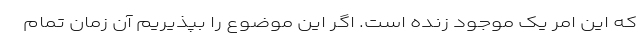
که این امر یک موجود زنده است. اگر این موضوع را بپذیریم آن زمان تمام